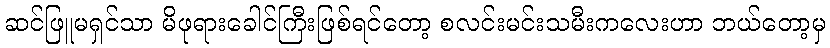
ဆင်ဖြူမရှင်သာ မိဖုရားခေါင်ကြီးဖြစ်ရင်တော့ စလင်းမင်းသမီးကလေးဟာ ဘယ်တော့မှ